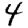
Digit: 4